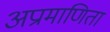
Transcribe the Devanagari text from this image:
अप्रामाणिता